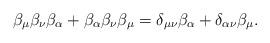
LaTeX: \begin{align*}\beta _\mu \beta _\nu \beta _\alpha +\beta _\alpha \beta _\nu\beta _\mu =\delta _{\mu \nu }\beta _\alpha +\delta _{\alpha \nu}\beta _\mu. \end{align*}